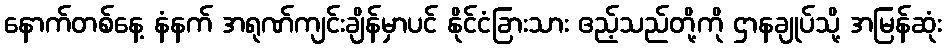
နောက်တစ်နေ့ နံနက် အရုဏ်ကျင်းချိန်မှာပင် နိုင်ငံခြားသား ဧည့်သည်တို့ကို ဌာနချုပ်သို့ အမြန်ဆုံး